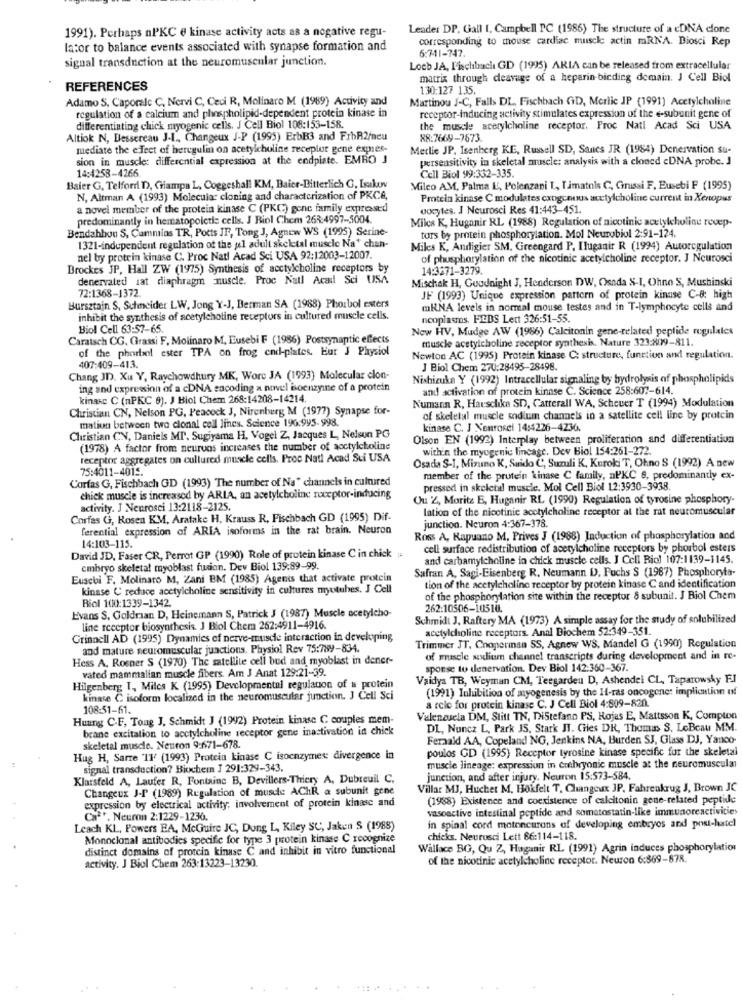
Leader DP, Gall 1. Campbell PC (1986) The structure of a cDNA clone
1991). Perhaps nPKC e kinase activity acts as a negative regu-
corresponding to mouse cardiac muscle actin mRNA. Biosci Rep
lator to balance events associated with synapse formation and
6:741-747.
signal transduction at the neuromuscular junction.
Loeb JA, Fischbach GD (1995) ARIA can be released from extracellular
matrix through deavage of a heparin-bicding demain. J Cell Biol
REFERENCES
130:127 135.
Adamo S, Caporale C, Nervi C, Ceci R, Molinaro M (1989) Activity and
Martinou J-C, Falls DL, Fischbach GID, Merlic JP (1991) Acetylcholine
regulation of a calcium and phospholipid-dependent protein kinase in
receptor-inducing activity stimulates expression of the e-subunit gene of
differentiating chick myogenic cells. J Cell Biol 108:153-158.
the muscle acetylcholine receptor, Proc Natl Acad Sci USA
Altiok N, Dessereau J.L ., Changeux J-P (1995) ErbB3 and FrbR2/neu
88:7669-7673.
mediate the effect of beregulm on acetylcholine receplur gene expres-
Meclie JP, Isenberg KE, Russell SD, Sanes JR (1984) Denervation su-
sion in muscle: differential expression at the endplate. EMRO J
persensitivity in skeletal muscle: analysis with a cloned <DNA probe. J
14:4258-4266
Cell Biol 99:332-335
Baier G, Telford D, Giampa L, Coggeshall KM, Baier-Bitterlich G, Lskov
Mileo AM, Palma E, Polenzani I, Iimatols C, Grussi F. Eusebi F (1995)
N, Altman A (1993) Molecular cloning and characterization of PKCA,
Protein kinase C modulates cxogenous acetylcholine current in Xenopus
a novel member of the protein kinase C (PKC) gene family expressed
vocytes. J Neurosci Res 41:443-451.
predominantly in hematopoictis cells. J Biol Chem 263:4997-5004.
Miks K, Huganir RL (1988) Regulation of nicotinic acetylcholine recep-
Bendahhon S, Cammins TR, Potts JF, Tong J, Agnew WS (1995) Serine-
tors by protein phosphorylation. Mol Neurobiol 2:91-124
1321-independent regulation of the ul adult skeletal muscle Na' chan-
Miles K, Andigier SM, Greengard P. Iluganir R (1994) Autoregulation
nel by protein kinase C. Proc Natl Acad Sci USA 92:12003-12007.
of phosphorylation of the nicotinic acetylcholine receptor. J Neurosci
Brockes JP, Hall ZW (1975) Synthesis of acctylcholine receptors by
14:3271-3279.
denervaled lat diaphragm muscle. Proc Natl Acad Sci USA
Mischak H, Goodnight J, Henderson DW, Osada S-I, Ohne S, Mushinski
72:1368-1372.
JF (1993) Unique expression pattern of protein kinase C-8: high
Bursztajn S, Suhmneider LW, Jong Y-J, Berman SA (1988) Phorbol esters
mRNA levels in normal mouse testes and in T-lymphocyte cells and
inhibit the synthesis of acetylcholine receptors in cultured muscle cells.
neoplasms. PIEDS Lett 326:51-55.
Biol Cell 63:57-65.
Now HV, Mudge AW (1986) Calcitonin gene-related peptide regulales
Caratsch CG. Grassi F. Molinaro M, Eusebi F (1986) Postsynaptic effects
muscle acetylcholine receptor synthesis. Nature 323:809-811.
of the phorbol ester TPA on frog end-plates. Eur J Physiol
Newton AC (1995) Protein kinase C: structure, function and regulation.
407:409-413.
J Biol Chem 270:28495-28498.
Chang JD. Xu Y, Raychowdhury MK, Wore JA (1993) Molecular clon-
Nishizuka Y (1992) Intracellular signaling by hydrolysis of phospholipids
ing and expression of a cDNA sacoding a novel Boenzyme of a protein
and activation of protein kinase C. Science 258:607-614.
kinase C (nPKC 9). J Biol Chem 268:14208-14214.
Numann R, Hauschka SD, Catterall WA, Scheuer T (1994) Modulation
Christian CN, Nelson PG, Peacock J, Nirenberg M (1977) Synapse for-
mation between two clonal cell lines. Science 190:995- 998.
of skeletal muscle sodium channels in a satellite cell line by protein
kinase C. J Neurosel 14:4226-4236.
Christian CV, Daniels MT. Sugiyama H, Vogel Z, Jacques L, Nelson PG
Olson EN (1992) Interplay between proliferation and differentiation
(1978) A factor from neuruns increases the number of acctylcholine
within the myogenic lineage. Dev Biol 154:261-272.
receptor aggregates on cullured muscle cells. Proc Natl Acad Sui USA
Osada S-1, Mizuno K, Suido C, Suzuli K, Kuroki T, Ohno S (1992) A new
75:4011-4015.
Corfas G, Fischbach GD (1993) The number of Na+ channels in cultured
member of the protein kinase C family, nPKC 6, predominantly ex-
pressed in skeletal muscle. Mol Cell Biol 12:3930-3938.
chick muscle is increased by ARIA, an acetylcholine receptor-inducing
Ou 2, Moritz E, Huganir RL (1990) Regulation of tyrosine phosphory-
activity. J Neurosci 13:2118-2125.
lation of the nicotinie acetylcholine receptor at the rat neuromuscular
Corfas G, Rosen KM, Aratake H, Krauss R, Fischbach GD (1995) Dif-
ferential expression of ARIA isoforms in the rat brain. Neuron
junction. Neuron 4:367-378.
Ross A, Kapuano M, Prives J (1988) Induction of phosphorylation and
14:103-115.
cell surface redistribution of acetylcholine receptors by phorbol esters
David JD, Faser CR, Perrot GP (1990) Role of protein kinase C in chick #
and carbamylcholine in chick muscle cells. J Cell Riol 107:1139-1145.
embryo skeletal myoblast fuzion. Dev Biol 139:89-99.
Safran A, Sagi-Eisenberg R. Neumann D). Fuchs S (1967) Phosphoryta-
Eusebi F. Molinaro M, Zani BM (1985) Agenis that activate protein
kinase C' reduce acetylcholine sensitivity in cultures mytubes. J Cell
tion of the acetylcholine receptor by protein kinase C and identification
Riol 100:1339-1342.
of the phosphorylation site within the receptor 8 subunit. J Biol Chem
262:10506-10510.
Evans S, Goldraan D, Heinemann S, Patrick J (1987) Muscle acetylcho-
Schmidt J. Raftery MA (1973) A simple assay for the study of solubilized
line receptor biosynthesis. J Biol Chem 262:4911-4916.
acetylcholine receptors. Anal Biochem 52:349-351.
Grinnell AD (1995) Dynamies of nerve-muscle interaction in developing
and mature neuromuscular junctions. Physiol Rev 75:789-834.
Trimmer JT, Choperman SS, Agnew WS, Mandel G (1990) Regulation
Hess A. Rosner S (1970) The satellite cell bud and myoblast in dener-
of muscle sodium channel transcripts during development and in re-
vated mammalian muscle fibers. Am J Anat 129:21-39.
sporse to denervation. Dev Biol 142:360-367.
Vaidya TB, Weyman CM, Teegarden D, Ashendel CL, Taparowsky Fl
Hilgenberg T, Miles K (1995) Developmental regulation of a protein
(1991) Inhibition of myogenesis by the H-ras oncogene: implication uf
kinase C isoform localized in the neuromuscular junction. J Cell Sci
108:51-61.
a role for protein kinase C. J Cell Biol 4:809-820.
Hunng C.F, Toug J, Schmidt J (1992) Protein kinase C couples mem-
Valenzuela DM, Stitt TN, DiStefano PS, Rojas E, Mattsson K, Compton
brane excitation to acetylcholine receptor gene inactivation in chick
DL, Nunca L, Park JS, Stark JI. Chies DR, Thomas S. LeBeau MM.
Feraald AA, Copeland NG, Jenkins NA, Burden SJ, Glass DJ, Yanco-
skeletal muscle. Neutron 9:671-678.
poulos GD (1995) Receptor tyrosine kinase specific for the skeletal
Hug H, Sarre 'IF (1993) Protein kinase C isoenzymes: divergence in
signal transduction? Biochem J 291:329-343.
muscle lineage: expression in entbryonic muscle at the neuromuscular
Klarsfeld A, Laufer R, Fontaine B, Devillers-Thiery A, Dubreuil C,
junction, and after injury. Neuron 15:573-584.
Changeux J-P (1989) Regulation of musde AChR a subunit gone
Villar MJ, Huchet M. Hokfelt T, Changeux JP. Fahrenkrug J, Brown JC
expression by electrical activity. involvement of protein kinase and
(1988) Existence and coexistence of calcitonin gene-related peptide
vasoactive intestinal peptide and somatostatin-like immunoreactivities
Cal *. Neuron 2:1229-1236.
Leach KL, Powers EA, McGuire JC, Dung L, Kiley SC, Jaken S (1988)
in spinal cord motoneurons of developing embryos and post-hatel
Monoclonal antibodies specific for type 3 protein kinase C recognize
chicks. Neurosci Lett 86:114-118.
distinct domains of protein kinase C and inhibit in vitro functional
Wallace BG, Qu Z, Haganir RL (1991) Agrin induces phosphorylation
activity. J Biol Chem 263:13223-13230.
of the nicotinic acetylcholine receptor. Neuron 6:369-878.